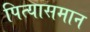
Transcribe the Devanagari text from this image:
पित्यासमान